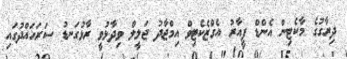
ދިރާގުގެ މާކެޓިން އެންޑް ޕީއާރު އެގްޒެކެޓިވް އިމްޖާދު ޖަލީލް ވިދާޅުވީ ރާޅުގަނޑު ސަރަހައްދުގައި